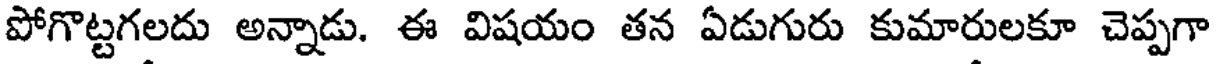
పోగొట్టగలదు అన్నాడు. ఈ విషయం తన ఏడుగురు కుమారులకూ చెప్పగా